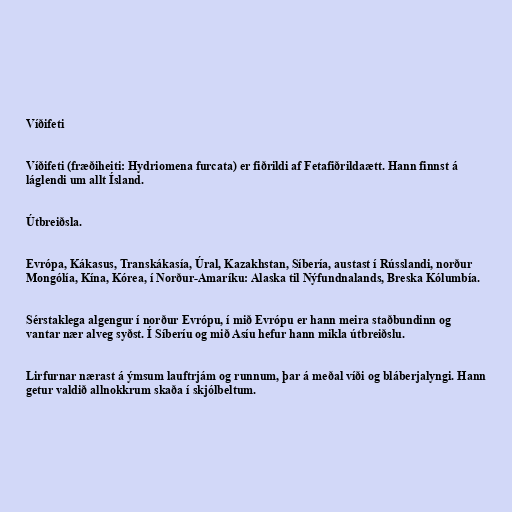
Víðifeti

Víðifeti (fræðiheiti: Hydriomena furcata) er fiðrildi af Fetafiðrildaætt. Hann finnst á
láglendi um allt Ísland.

Útbreiðsla.

Evrópa, Kákasus, Transkákasía, Úral, Kazakhstan, Síbería, austast í Rússlandi, norður
Mongólía, Kína, Kórea, í Norður-Amaríku: Alaska til Nýfundnalands, Breska Kólumbía.

Sérstaklega algengur í norður Evrópu, í mið Evrópu er hann meira staðbundinn og
vantar nær alveg syðst. Í Síberíu og mið Asíu hefur hann mikla útbreiðslu.

Lirfurnar nærast á ýmsum lauftrjám og runnum, þar á meðal víði og bláberjalyngi. Hann
getur valdið allnokkrum skaða í skjólbeltum.